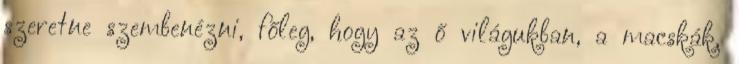
szeretne szembenézni, főleg, hogy az ő világukban, a macskák,